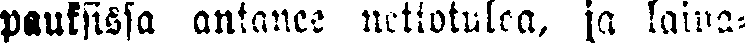
pauksissa antanee nettotuloa, ja laina-